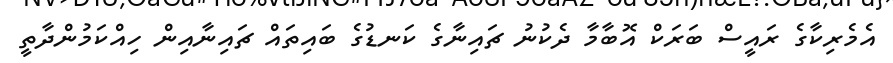
އެމެރިކާގެ ރައީސް ބަރަކް އޮބާމާ ދެކުނު ޗައިނާގެ ކަނޑުގެ ބައިތައް ޗައިނާއިން ހިއްކަމުންދާތީ